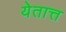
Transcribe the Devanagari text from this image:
येतात्त